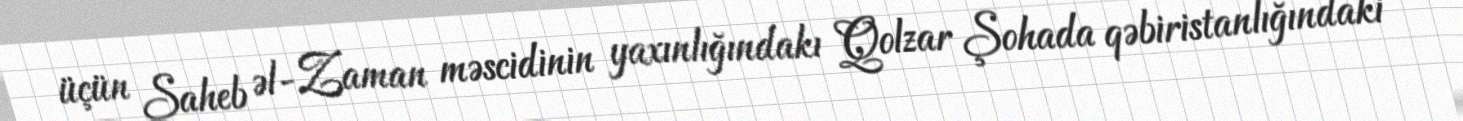
üçün Saheb əl-Zaman məscidinin yaxınlığındakı Qolzar Şohada qəbiristanlığındaki